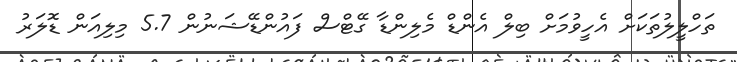
ތަހްލީލުތަކަށް އެހީވުމަށް ބިލް އެންޑް މެލިންޑާ ގޭޓްސް ފައުންޑޭޝަނުން 5.7 މިލިއަން ޑޮލަރު